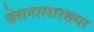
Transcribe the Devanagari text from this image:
बेसनासारख्या